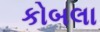
કોબલા